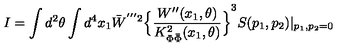
I = \int d ^ { 2 } \theta \int d ^ { 4 } x _ { 1 } { \bar { W } } ^ { ' ^ { \prime \prime } 2 } { \Big \{ \frac { W ^ { \prime \prime } ( x _ { 1 } , \theta ) } { K _ { \Phi \bar { \Phi } } ^ { 2 } ( x _ { 1 } , \theta ) } \Big \} } ^ { 3 } S ( p _ { 1 } , p _ { 2 } ) | _ { p _ { 1 } , p _ { 2 } = 0 }